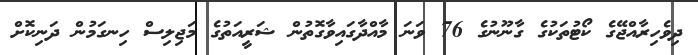
ދިވެހިރާއްޖޭގެ ކޯޓުތަކުގެ ގާނޫނުގެ 76 ވަނަ މާއްދާގައިވާގޮތުން ޝަރީއަތުގެ މަޖިލިސް ހިނގަމުން ދަނިކޮށް